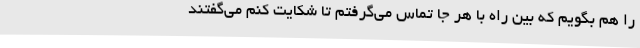
را هم بگویم که بین راه با هر جا تماس می‌گرفتم تا شکایت کنم می‌گفتند